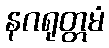
နဂရုတ္တမံ